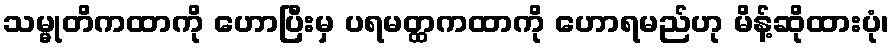
သမ္မုတိကထာကို ဟောပြီးမှ ပရမတ္ထကထာကို ဟောရမည်ဟု မိန့်ဆိုထားပုံ၊